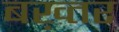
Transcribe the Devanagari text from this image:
बख़्तर